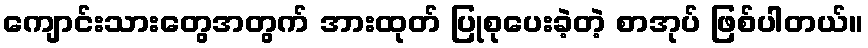
ကျောင်းသားတွေအတွက် အားထုတ် ပြုစုပေးခဲ့တဲ့ စာအုပ် ဖြစ်ပါတယ်။